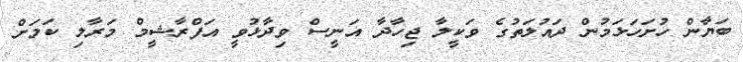
ބަޔާން ހުށަހަޅަމުން ދައުލަތުގެ ވަކީލާ ޖިހާދާ އަނީސް ވިދާޅުވީ އަފްރާޝީމް މަރާލި ކަމަށް